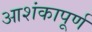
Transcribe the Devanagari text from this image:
आशंकापूर्ण